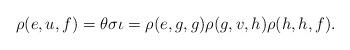
LaTeX: \begin{align*}\rho(e,u,f)=\theta\sigma\iota=\rho(e,g,g)\rho(g,v,h)\rho(h,h,f).\end{align*}